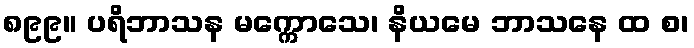
၈၉၉။ ပရိဘာသန မက္ကောသေ၊ နိယမေ ဘာသနေ ထ စ၊